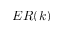
E R ( k )